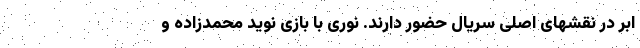
ابر در نقشهای اصلی سریال حضور دارند. نوری با بازی نوید محمدزاده و